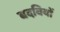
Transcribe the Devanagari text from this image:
बदवियों